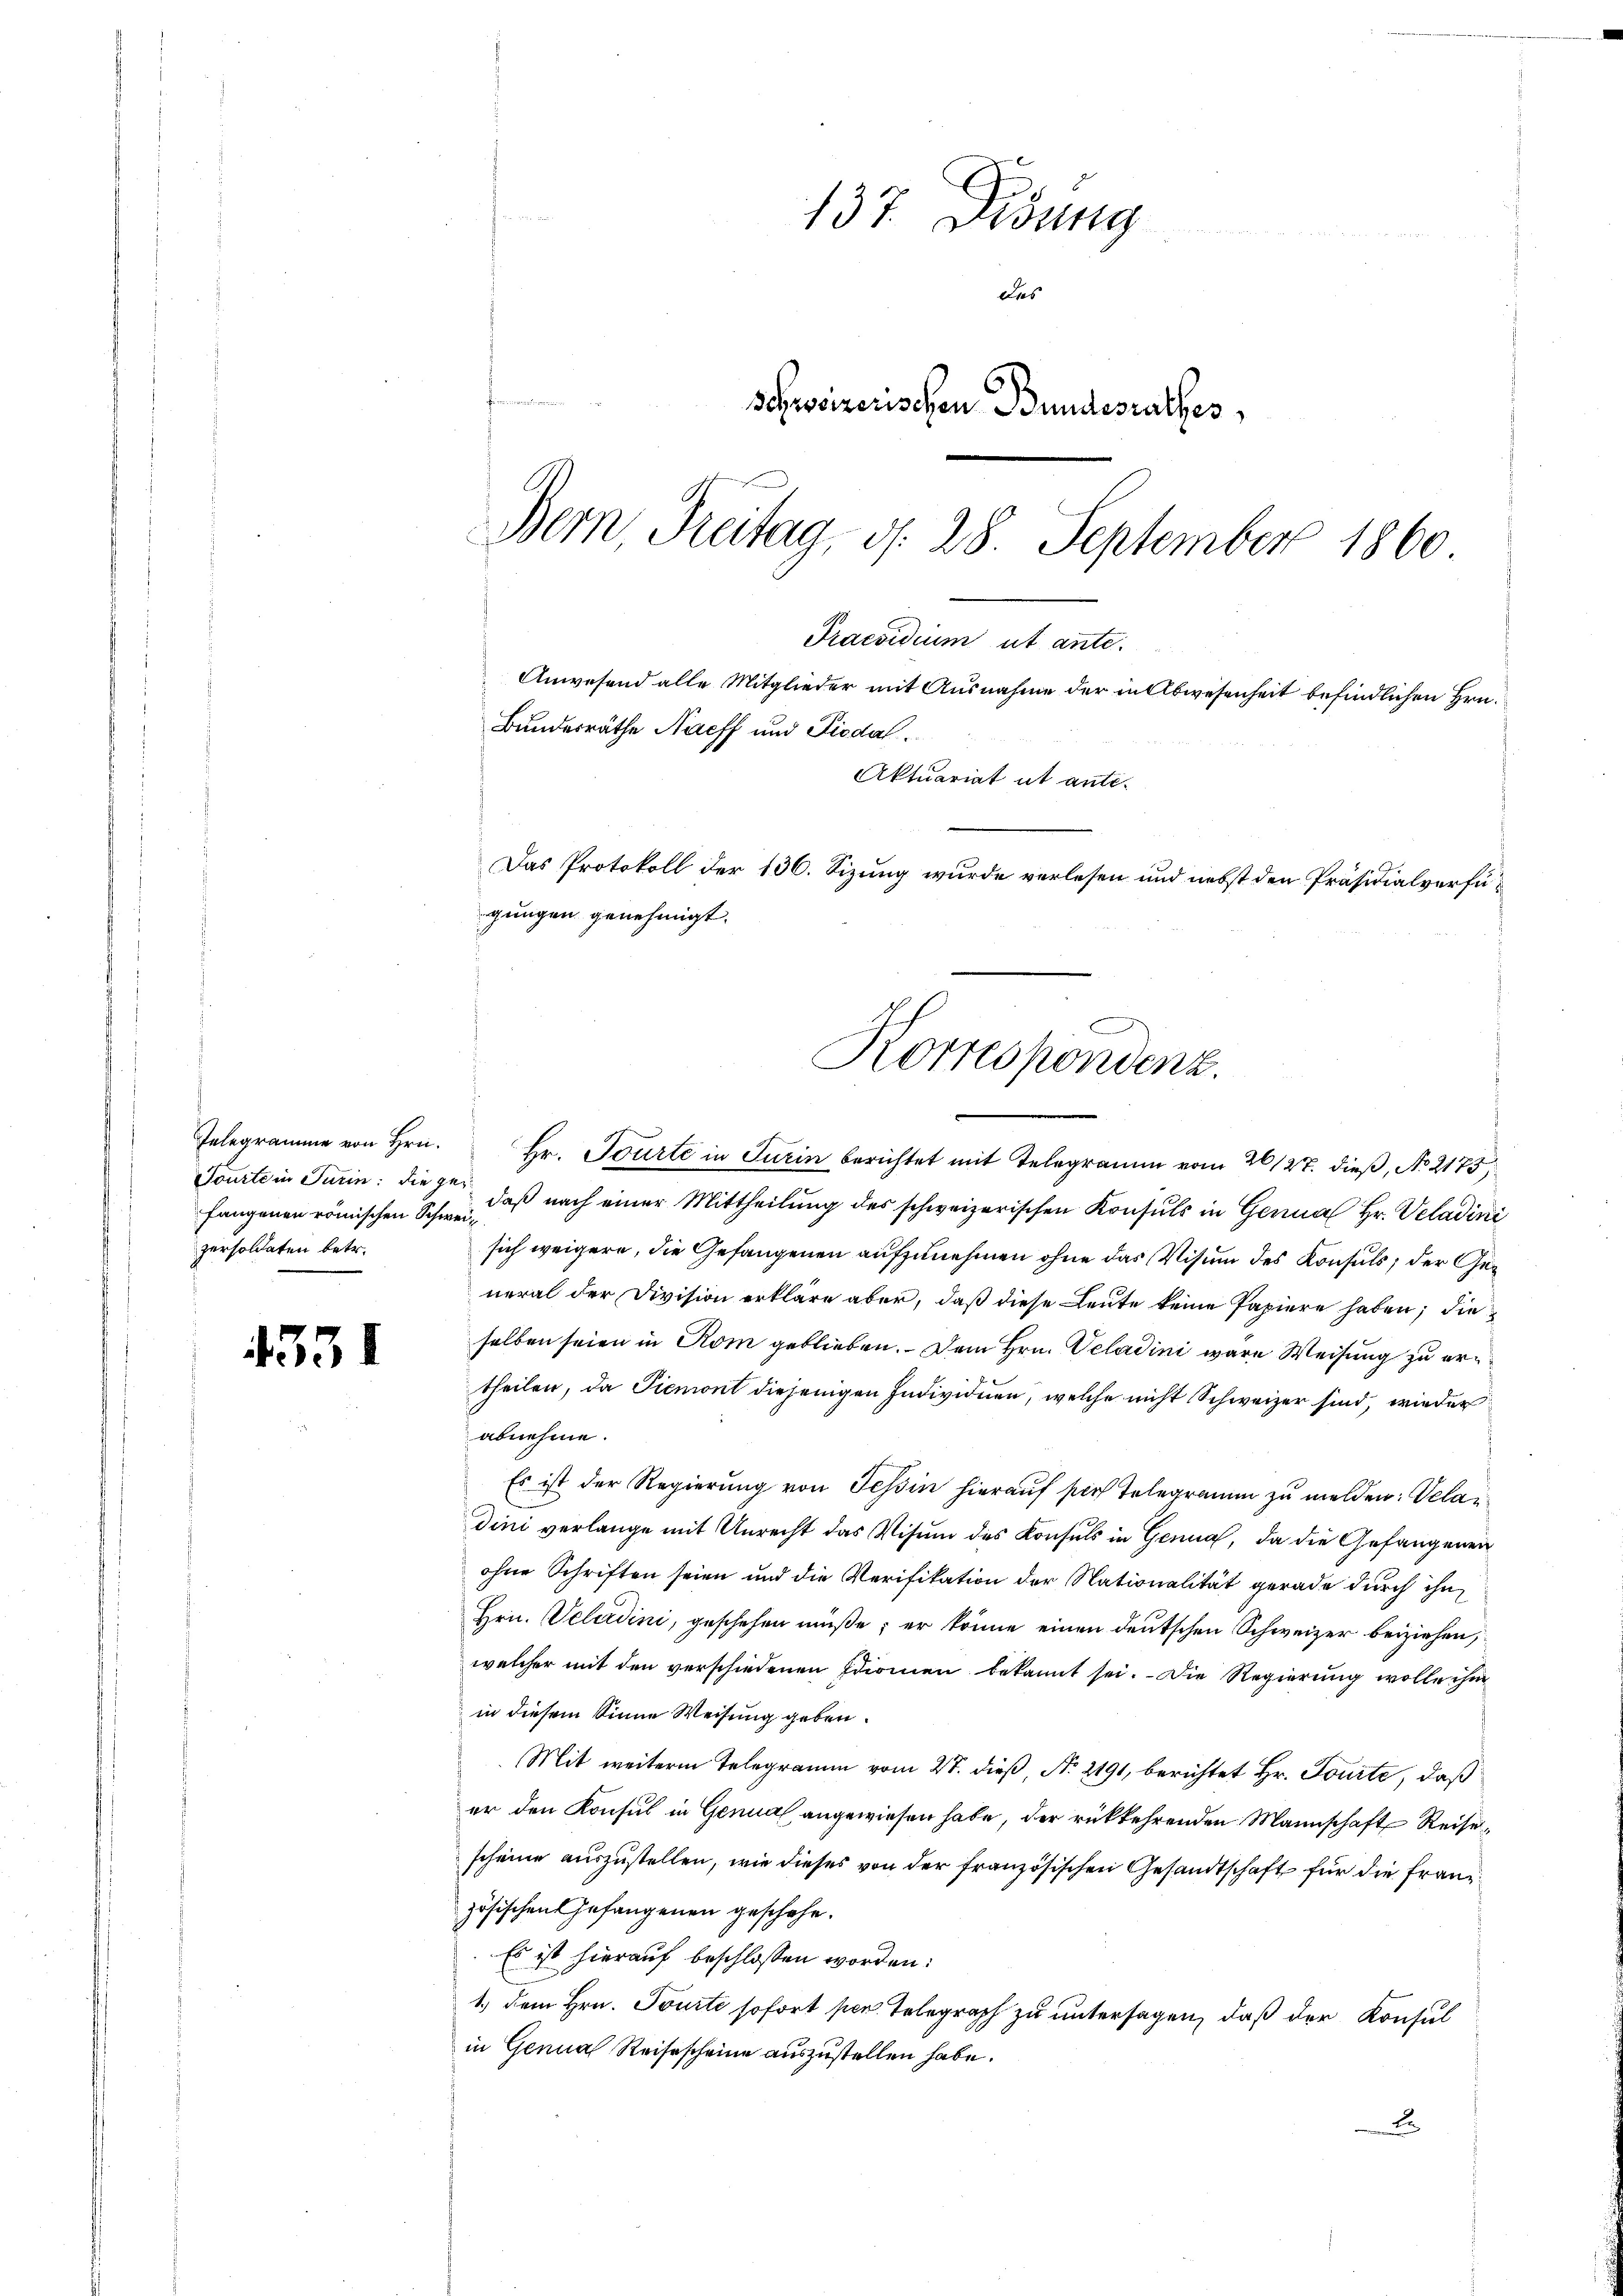
fangenen römischen Schweipersoldaten betr.

435.

Telegramme von Hrn. Hr. Tourte in Turin berichtet mit Telegramm vom 26/27. dieß, No 2175
Tourte in Turin: die de daβ nach einer Mittheilŭng des schweizerischen Konsuls in Genua Hr. Veladini
sich weigern, die Gefangenen aufzunehmen ohne das Visum des Konsuls, der General der Division erkläre aber, daß diese Leute keine Papiere haben; die
selben seien in Rom geblieben. Dem Hrn. Veladini wäre Weisung zu ertheilen, da Piemont diejenigen Individuen, welche nicht Schweizer sind, wieder
abnehme.
Es ist der Regierung von Tessin hierauf sich Telegramm zu melden: Veladini verlange mit Unrecht das Visum des Konsuls in Genua, da die Gefängeren
ohne Schriften seien und die Verifikation der Nationalität gerade durch ihn
Hrn. Pelerdini, geschehen müße; er könne einen deutschen Schweizer beiziehen,
welcher mit den verschiedenen Idiomen bekannt sei. Die Regierung wolle ihm
in diesem Sinne Weisung geben.
Mit weiterm Telegramm vom 27. dieß, No 2191, berichtet Hr. Tonité, daß
er den Konsul in Genual angewiesen habe, der rückkehrenden Mannschaft Reise
scheine auszustellen, wie dieses von der französischen Gesandtschaft für die Französischen Gefangenen geschehe.
Es ist hierauf beschlossen worden:
1.) Dem Hrn. Tourte sofort per. Telegraph zu untersagen, daß der Konsul
in Genua Reisescheine auszustellen habe.
J

Zu
137. Dessig
Dies
Schweizerischen Bundesrathes,
Bern, Freitag, d. 28. September 1860
Praesidium ut ante.
Anwesend alle Mitglieder mit Ausnahme der in Abwesenheit befindlichen Hrn.
Bundesräthe Nacff und Piodal.
Aktuariat ut ante.
Das Protokoll der 136. Sizung wurde verlesen und nebst den Präsidialverfügungen genehmigt.

Korrespondenz.